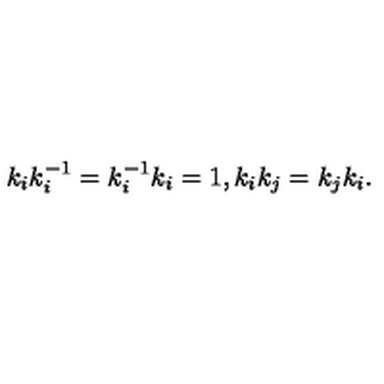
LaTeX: k _ { i } k _ { i } ^ { - 1 } = k _ { i } ^ { - 1 } k _ { i } = 1 , k _ { i } k _ { j } = k _ { j } k _ { i } .